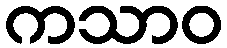
ကသာဝ